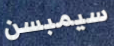
سيمبسن